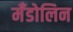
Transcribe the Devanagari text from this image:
मँडोलिन